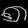
Digit: ၈